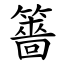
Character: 䉢